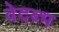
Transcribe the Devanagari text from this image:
वेदब्भ